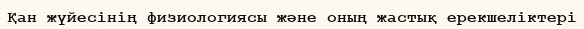
Қан жүйесінің физиологиясы және оның жастық ерекшеліктері